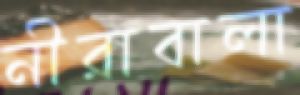
নীরাবালা